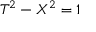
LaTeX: T ^ { 2 } - X ^ { 2 } = 1